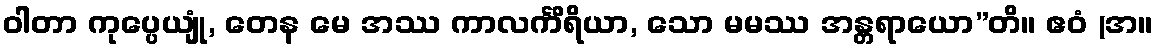
ဝါတာ ကုပ္ပေယျုံ, တေန မေ အဿ ကာလင်္ကိရိယာ, သော မမဿ အန္တရာယော”တိ။ ဧဝံ (အ။